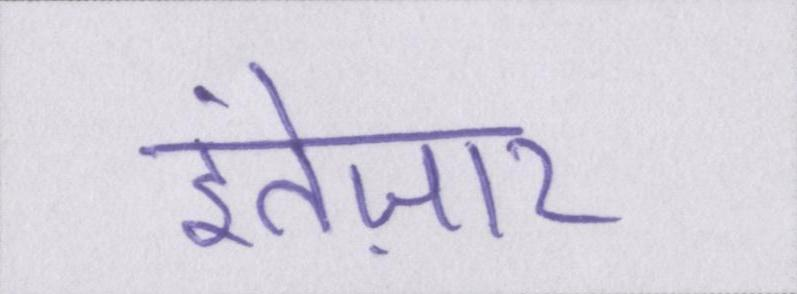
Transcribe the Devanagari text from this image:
इंतेज़ार